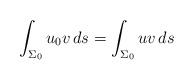
LaTeX: \begin{align*} \int_{\Sigma_0} u_0 v \,ds = \int_{\Sigma_0} u v\,ds\end{align*}